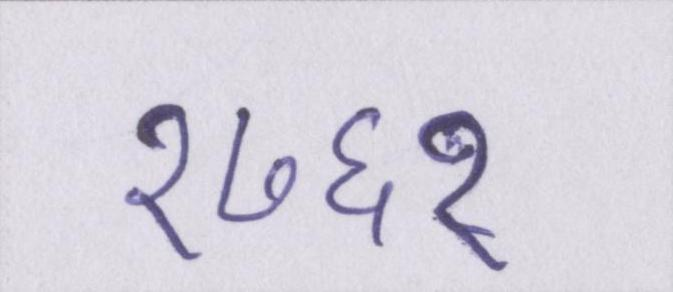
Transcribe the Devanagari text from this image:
१७६१